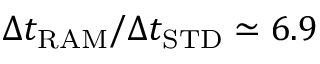
\Delta t _ { \mathrm { R A M } } / \Delta t _ { \mathrm { S T D } } \simeq 6 . 9